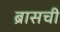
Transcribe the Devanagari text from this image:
ब्रासची